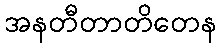
အနတီတာတိတေန